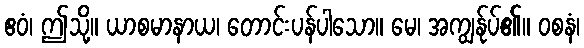
ဧဝံ၊ ဤသို့။ ယာစမာနာယ၊ တောင်းပန်ပါသော။ မေ၊ အကျွန်ုပ်၏။ ဝစနံ၊